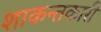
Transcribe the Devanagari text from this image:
शाकन्तकारी